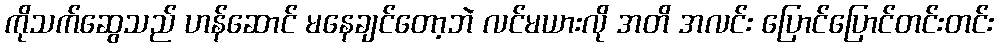
ကိုသက်ဆွေသည် ဟန်ဆောင် မနေချင်တော့ဘဲ လင်မယားလို အတိ အလင်း ပြောင်ပြောင်တင်းတင်း